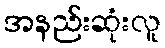
အနည်းဆုံးလူ